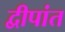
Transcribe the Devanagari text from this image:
द्वीपांत